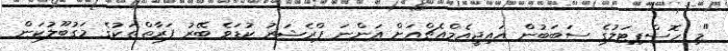
"މި ހޮސްޕިޓަލުގެ ސަބަބުން އައިޖީއެމްއެޗްއަށް އަންނަ ޕްރެޝަރު ކުޑަވެ ބޭރު ފަރާތްތަކުގެ މަގުބޫލުކަން